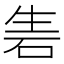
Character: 𥑦